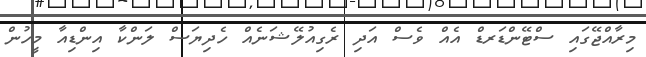
މިރާއްޖޭގައި ސްޓޭންޑަރޑް އެއް ވެސް އަދި ރެގިއުލޭޝަނެއްް ހެދިޔަސް ލަންކާ އިންޑިއާ މީހުން